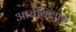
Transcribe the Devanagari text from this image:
आर्चक्लिफ़